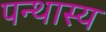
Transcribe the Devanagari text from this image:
पन्थास्य